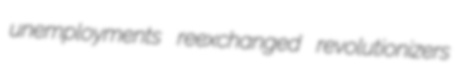
unemployments reexchanged revolutionizers